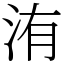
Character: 洧